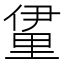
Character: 𮡖